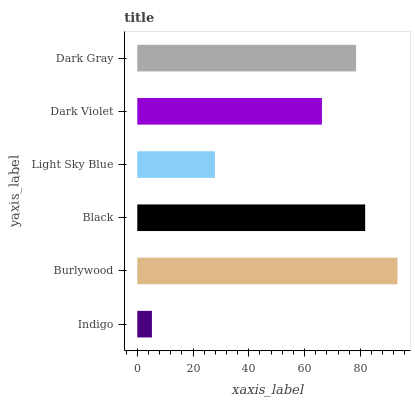
| yaxis_label | bars |
 | --- | --- |
 | Indigo | 5.25 |
 | Burlywood | 93.3 |
 | Black | 81.7 |
 | Light Sky Blue | 27.8 |
 | Dark Violet | 66.2 |
 | Dark Gray | 78.5 |